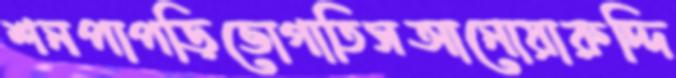
শনপাপড়িভোগাতিসআনোয়ারুদ্দি